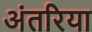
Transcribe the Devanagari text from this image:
अंतरिया